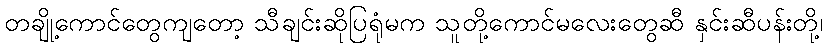
တချို့ကောင်တွေကျတော့ သီချင်းဆိုပြရုံမက သူတို့ကောင်မလေးတွေဆီ နှင်းဆီပန်းတို့၊